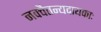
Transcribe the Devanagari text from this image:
नवचैतन्यदायकाः